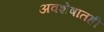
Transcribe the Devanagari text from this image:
अवशेषातही